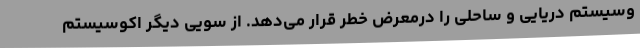
وسیستم دریایی و ساحلی را درمعرض خطر قرار می‌دهد. از سویی دیگر اکوسیستم